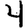
Digit: 4